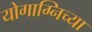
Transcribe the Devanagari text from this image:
योगाग्निच्या